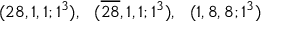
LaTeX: ( 2 8 , 1 , 1 ; 1 ^ { 3 } ) , ~ ~ ( \overline { { { 2 8 } } } , 1 , 1 ; 1 ^ { 3 } ) , ~ ~ ( 1 , 8 , 8 ; 1 ^ { 3 } )